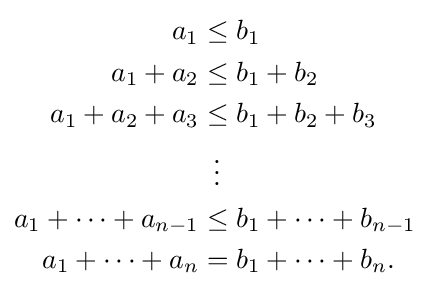
{\begin{aligned}a_{1}&\leq b_{1}\\a_{1}+a_{2}&\leq b_{1}+b_{2}\\a_{1}+a_{2}+a_{3}&\leq b_{1}+b_{2}+b_{3}\\&\,\,\,\vdots \\a_{1}+\cdots +a_{n-1}&\leq b_{1}+\cdots +b_{n-1}\\a_{1}+\cdots +a_{n}&=b_{1}+\cdots +b_{n}.\end{aligned}}